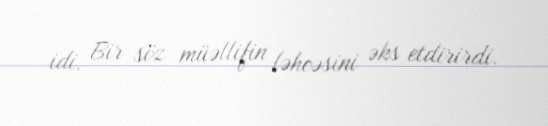
idi. Bir söz müəllifin ləhcəsini əks etdirirdi.